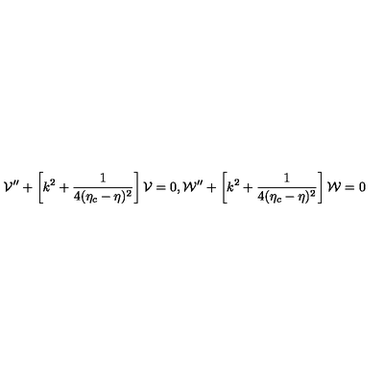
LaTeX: { \cal V } ^ { \prime \prime } + \left[ k ^ { 2 } + \frac { 1 } { 4 ( \eta _ { c } - \eta ) ^ { 2 } } \right] { \cal V } = 0 , { \cal W } ^ { \prime \prime } + \left[ k ^ { 2 } + \frac { 1 } { 4 ( \eta _ { c } - \eta ) ^ { 2 } } \right] { \cal W } = 0